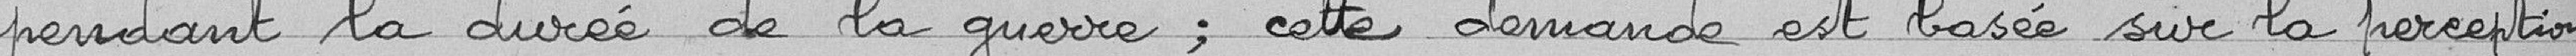
pendant la durée de la guerre; cette demande est basée sur la perception